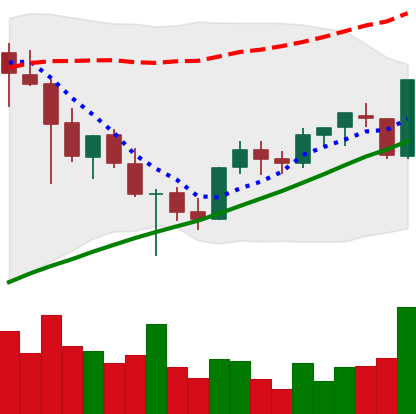
Ticker: XLM-USD
Chart end date: 2021-05-05
Forward return: 9.305%
Label: up_7plus